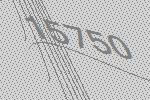
15750